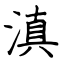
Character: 滇